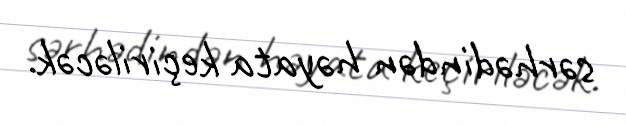
sərhədindən həyata keçiriləcək.